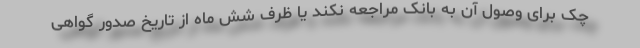
چک برای وصول آن به بانک مراجعه نکند یا ظرف شش ماه از تاریخ صدور گواهی